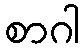
စာဂါ